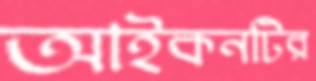
আইকনটির